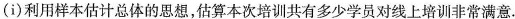
（ⅰ）利用样本估计总体的思想，估算本次培训共有多少学员对线上培训非常满意.